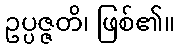
ဥပ္ပဇ္ဇတိ၊ ဖြစ်၏။